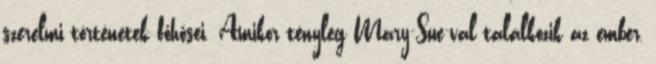
szerelmi történetek főhősei. Amikor tényleg Mary-Sue-val találkozik az ember,